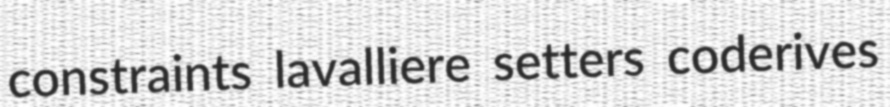
constraints lavalliere setters coderives